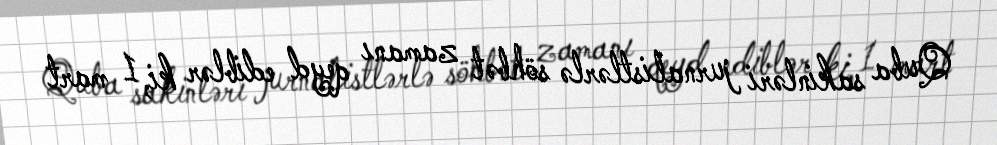
Quba sakinləri jurnalistlərlə söhbət zamanı qeyd ediblər ki, 1 mart